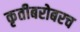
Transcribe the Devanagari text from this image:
कृतीबरोबरच